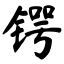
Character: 锷